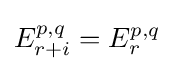
E_{r+i}^{p,q}=E_{r}^{p,q}